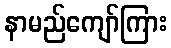
နာမည်ကျော်ကြား